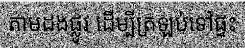
តាមដងផ្លូវ ដើម្បីត្រឡប់ទៅផ្ទះ